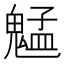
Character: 𫙍